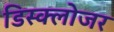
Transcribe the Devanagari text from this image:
डिस्क्लोजर